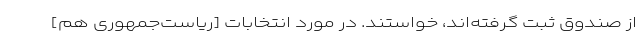
از صندوق ثبت گرفته‌اند، خواستند. در مورد انتخابات [ریاست‌جمهوری هم]